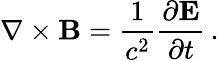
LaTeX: \nabla\times\mathbf{B}={\frac{1}{c^{2}}}{\frac{\partial\mathbf{E}}{\partial t}}\, .